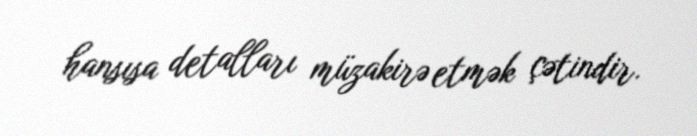
hansısa detalları müzakirə etmək çətindir.